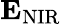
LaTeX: {\mathbf E}_{\mathrm{NIR}}